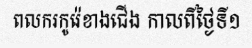
ពលករកូរ៉េខាងជើង កាលពីថ្ងៃទី១